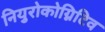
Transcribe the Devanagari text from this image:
नियुरोकोग्निटिव